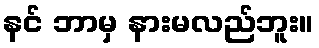
နင် ဘာမှ နားမလည်ဘူး။